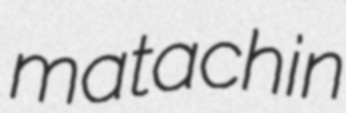
matachin